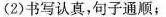
(2)书写认真，句子通顺；